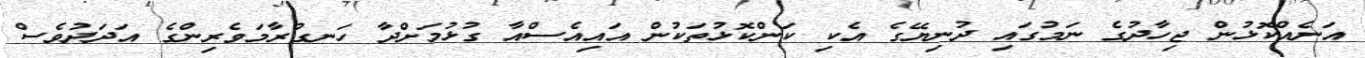
އަނެއްކޮޅުން ޖިހާދުގެ ނަމުގައި ދުނިޔޭގެ އެކި ކަންކޮޅުތަކުން އައިއެސްއާ ގުޅުމަށްދާ ހަނގުރާމަވެރިންގެ އަދަދުވެސް